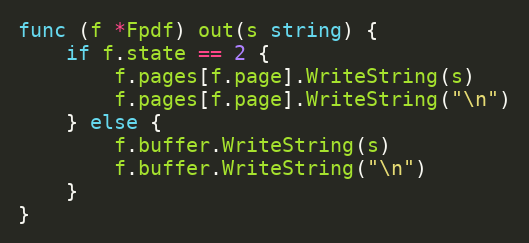
Language: Go
func (f *Fpdf) out(s string) {
	if f.state == 2 {
		f.pages[f.page].WriteString(s)
		f.pages[f.page].WriteString("\n")
	} else {
		f.buffer.WriteString(s)
		f.buffer.WriteString("\n")
	}
}